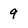
Character: 9